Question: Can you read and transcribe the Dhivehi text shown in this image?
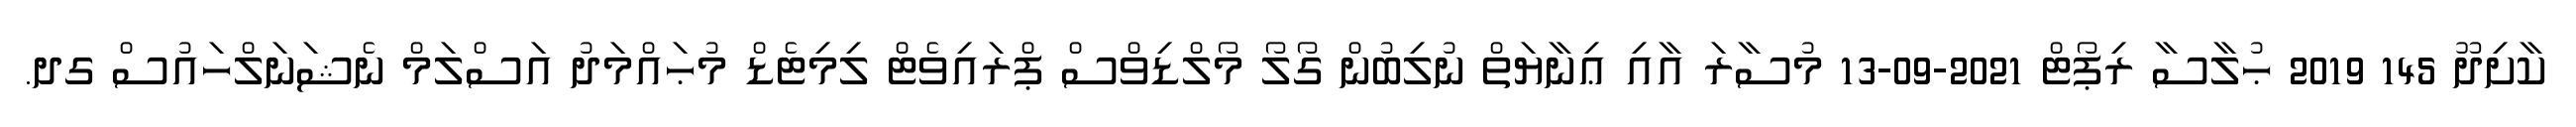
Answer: ކާށިދޫ 145 2019 ޙުލާސާ ރިޕޯޓް 2021-09-13 މުސާރަ އާއި ޢިނާޔަތް ނުލިބުން ގޯލޯ މޯލްޑިވްސް ޕްރައިވެޓް ލިމިޓެޑް މުޙައްމަދު އަސްލަމް ނެޝަނަލްހައުސް ގދ.